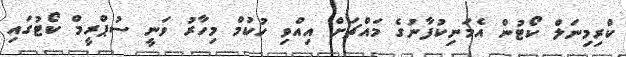
ކްރިމިނަލް ކޯޓުން އެމަނިކުފާނުގެ މައްޗަށް އިއްވި ހުކުމް މިހާރު ވަނީ ސުޕްރީމް ކޯޓުގައި